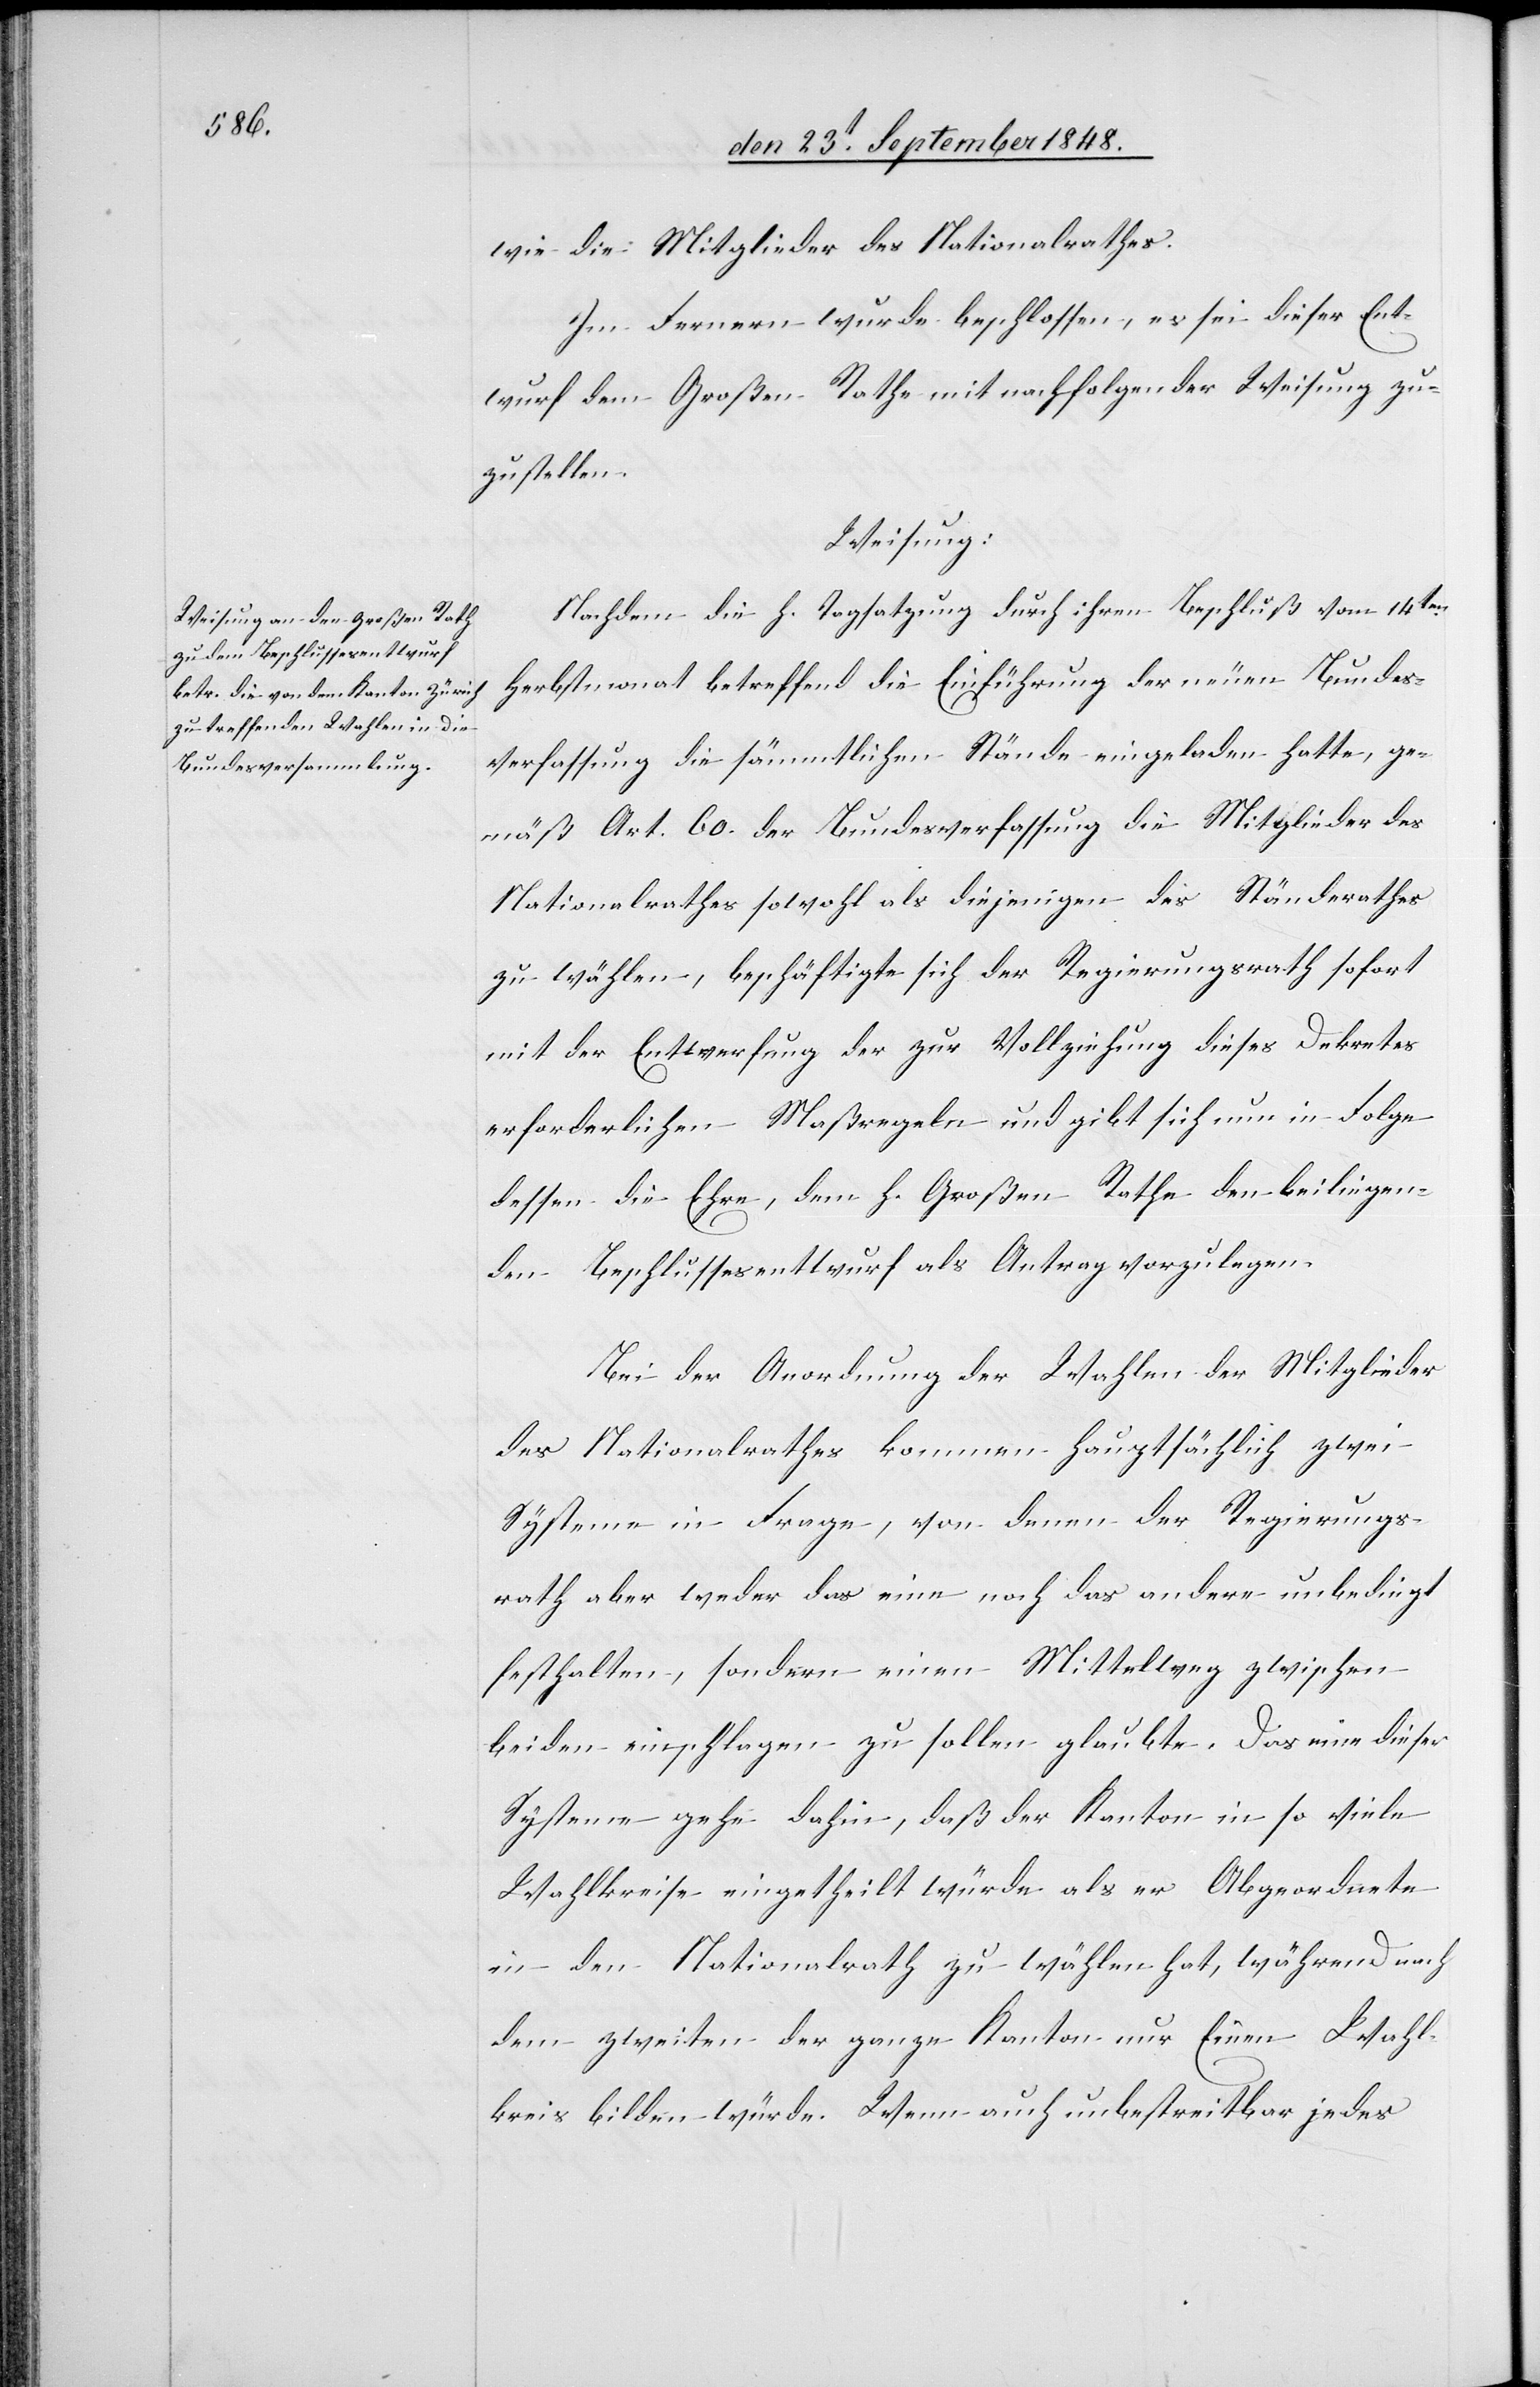
wie die Mitglieder des Nationalrathes.
Im Fernern wurde beschlossen, es sei dieser Ent¬
wurf dem Großen Rathe mit nachfolgender Weisung zu¬
zustellen.
Weisung:
Nachdem die h. Tagsatzung durch ihren Beschluß vom 14ten
Herbstmonat betreffend die Einführung der neuen Bundes¬
verfassung die sämmtlichen Stände eingeladen hatte, ge¬
mäß Art. 60. der Bundesverfassung die Mitglieder des
Nationalrathes sowohl als diejenigen des Ständerathes
zu wählen, beschäftigte sich der Regierungsrath sofort
mit der Entwerfung der zur Vollziehung dieses Dekretes
erforderlichen Maßregeln und gibt sich nun in Folge
dessen die Ehre, dem h. Großen Rathe den beiliegen¬
den Beschlussesentwurf als Antrag vorzulegen.
Bei Anordnung der Wahlen der Mitglieder
des Nationalrathes kommen hauptsächlich zwei
Systeme in Frage, von denen der Regierungs¬
rath aber weder das eine noch das andere unbedingt
festhalten, sondern einen Mittelweg zwischen
beiden einschlagen zu sollen glaubte. Das eine dieser
Systeme gehe dahin, daß der Kanton in so viele
Wahlkreise eingetheilt würde als er Abgeordnete
in den Nationalrath zu wählen hat, während nach
dem zweiten der ganze Kanton nur Einen Wahl¬
kreis bilden würde. Wenn auch unbestreitbar jedes